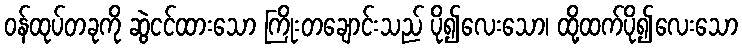
ဝန်ထုပ်တခုကို ဆွဲငင်ထားသော ကြိုးတချောင်းသည် ပို၍လေးသော၊ ထို့ထက်ပို၍လေးသော